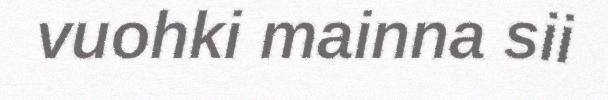
vuohki mainna sii